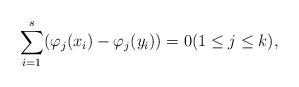
LaTeX: \begin{align*}\sum_{i=1}^s(\varphi_j(x_i)-\varphi_j(y_i))=0(1\le j\le k),\end{align*}